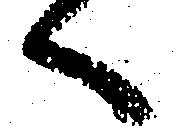
へ